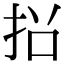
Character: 𭠡